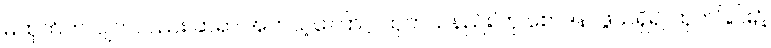
မထုတ်ဘဲလျက်လည်း ဆရာ အဘယ့်ကြောင့် ထုတ်သနည်း’ဟု စောဒနာဖွယ်ရှိ၍ ထုတ်ခြင်း၌